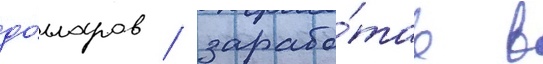
до́лларов / зарабо́тав в